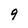
Character: 9